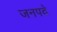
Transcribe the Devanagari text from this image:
जनपदे